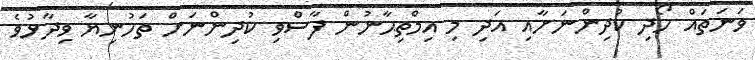
ވަނަތައް ހޯދި ކުދިންނަށާއި އަދި މި އިމްތިޙާނުން ފާސްވި ކުދިންނަށް ތަހުނިޔާ ވިދާޅުވެ